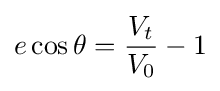
e\cos \theta ={\frac {V_{t}}{V_{0}}}-1